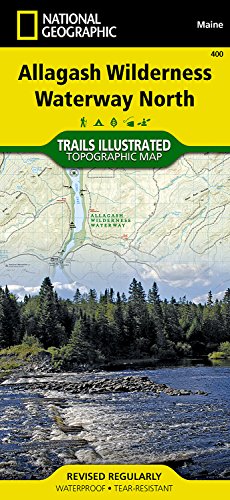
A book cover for Allagash Wilderness Waterway North (National Geographic Trails Illustrated Map); National Geographic Maps - Trails Illustrated; Sports & Outdoors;